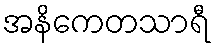
အနိကေတသာရီ